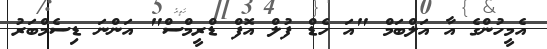
އެމީހުންގެ އާ އަލްބަމް "އަ ހެޑް ފުލް އޮފް ޑްރީމްސް" އަންނަ ޑިސެމްބަރު